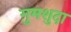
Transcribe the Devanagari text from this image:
ग़ुमशुदा